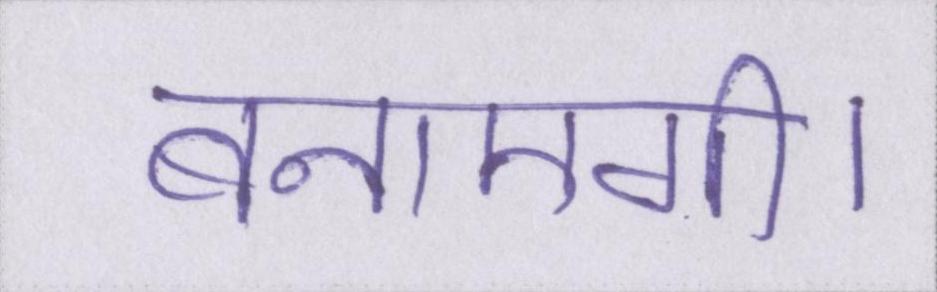
बनाएगी।